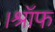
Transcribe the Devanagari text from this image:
।श्रॉफ